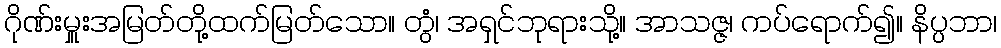
ဂိုဏ်းမှူးအမြတ်တို့ထက်မြတ်သော။ တွံ၊ အရှင်ဘုရားသို့။ အာသဇ္ဇ၊ ကပ်ရောက်၍။ နိပ္ပဘာ၊